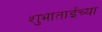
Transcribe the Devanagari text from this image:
शुभाताईंच्या